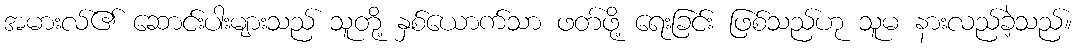
အမားလ်၏ ဆောင်းပါးများသည် သူတို့ နှစ်ယောက်သာ ဖတ်ဖို့ ရေးခြင်း ဖြစ်သည်ဟု သူမ နားလည်ခဲ့သည်။